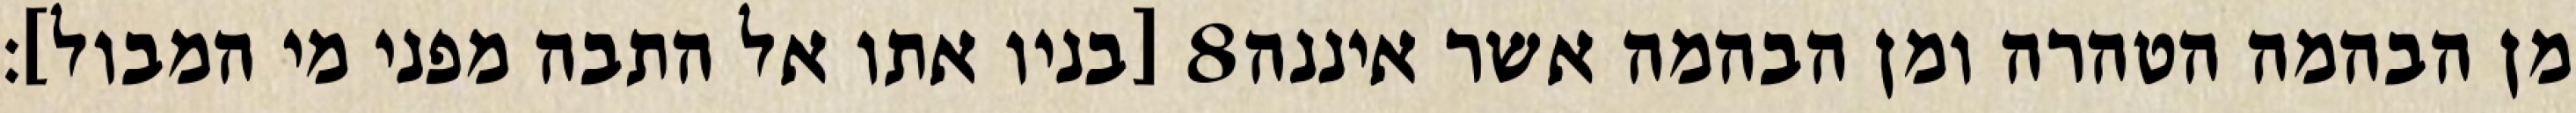
[בניו אתו אל התבה מפני מי המבול]׃ ‎8‏ מן הבהמה הטהרה ומן הבהמה אשר איננה